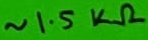
Text: ~1.5KΩ